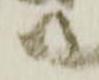
尉